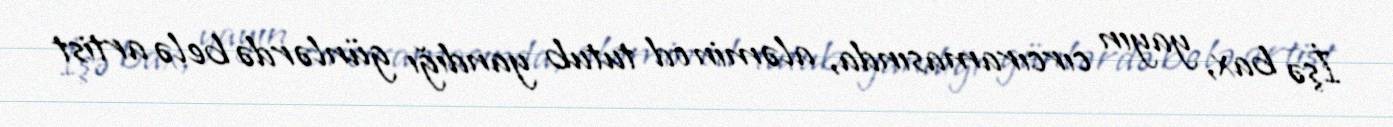
İşə bax, yayın cırcıramasında, aləmin od tutub yandığı günlərdə belə artist